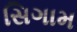
સિગામ